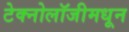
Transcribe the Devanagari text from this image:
टेक्नोलॉजीमधून